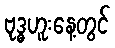
ဗုဒ္ဓဟူးနေ့တွင်